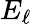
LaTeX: E_{\ell}